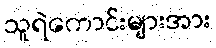
သူရဲကောင်းများအား